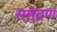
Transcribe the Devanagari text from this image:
समुंद्रण